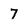
Character: 7